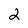
Character: 2